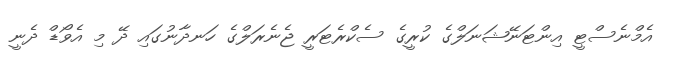
އެމްނެސްޓީ އިންޓަނޭޝަނަލްގެ ކުރީގެ ސެކްރެޓަރީ ޖެނެރަލްގެ ހަނދާނުގައި ދޭ މި އެވޯޑް ދެނީ